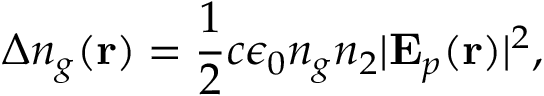
\Delta n _ { g } ( \mathbf { r } ) = \frac { 1 } { 2 } c \epsilon _ { 0 } n _ { g } n _ { 2 } \vert \mathbf { E } _ { p } ( \mathbf { r } ) \vert ^ { 2 } ,